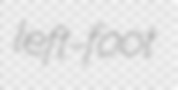
left-foot